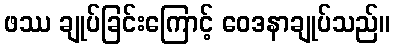
ဖဿ ချုပ်ခြင်းကြောင့် ဝေဒနာချုပ်သည်။